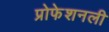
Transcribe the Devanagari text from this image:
प्रोफेशनली